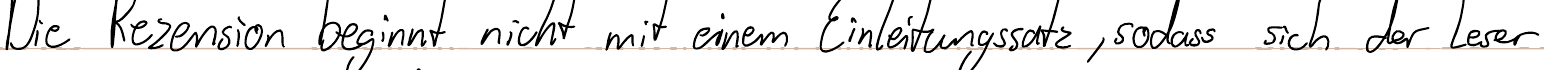
Die Rezension beginnt nicht mit einem Einleitungssatz, sodass sich der Leser